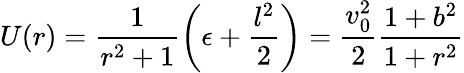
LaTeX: U(r)={\frac{1}{r^{2}+1}}\biggl(\epsilon+{\frac{l^{2}}{2}}\biggr)={\frac{v_{0}^{2}}{2}}{\frac{1+b^{2}}{1+r^{2}}}